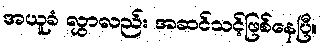
အယူခံ လွှာလည်း အဆင်သင့်ဖြစ်နေပြီ။